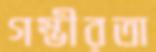
গম্ভীরতা